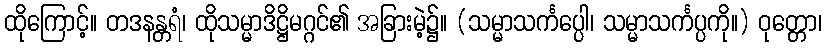
ထိုကြောင့်။ တဒနန္တရံ၊ ထိုသမ္မာဒိဋ္ဌိမဂ္ဂင်၏ အခြားမဲ့၌။ (သမ္မာသင်္ကပ္ပေါ၊ သမ္မာသင်္ကပ္ပကို။) ဝုတ္တော၊